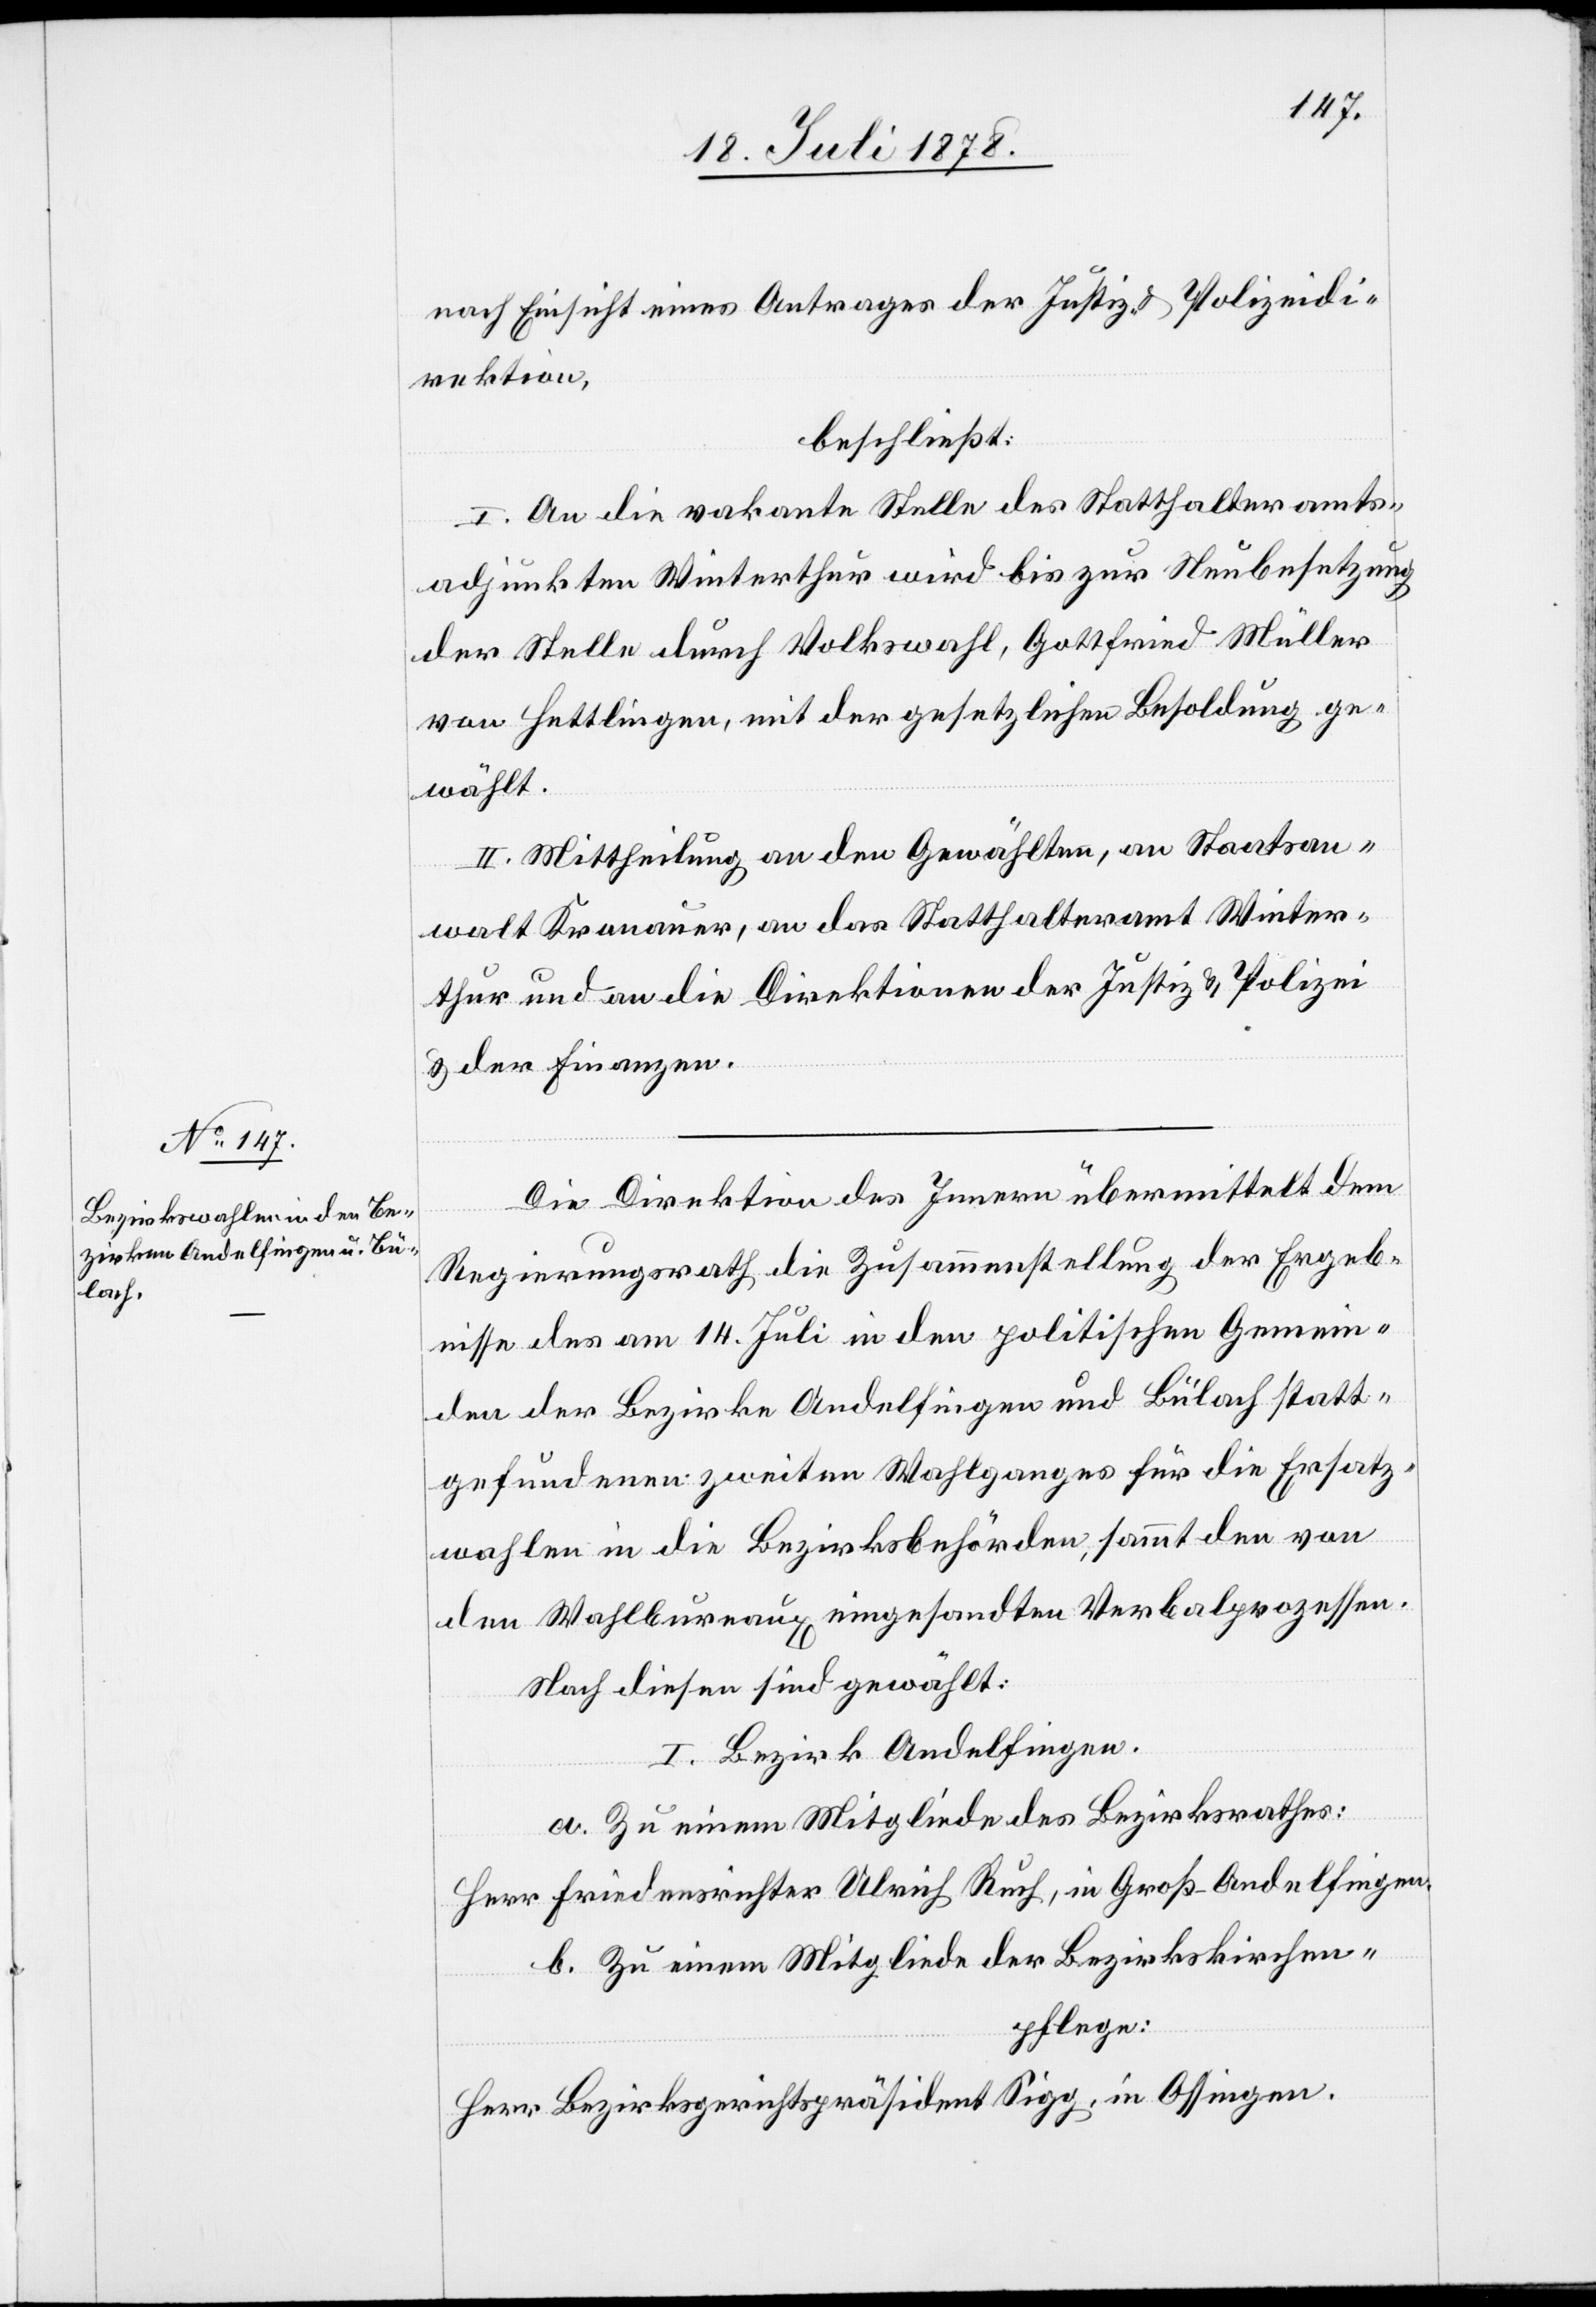
nach Einsicht eines Antrages der Justiz- & Polizeidi¬
rektion,
beschließt:
I. An die vakante Stelle des Statthalteramts¬
adjunkten Winterthur wird bis zur Neubesetzung
der Stelle durch Volkswahl, Gottfried Müller
von Hettlingen, mit der gesetzlichen Besoldung ge¬
wählt.
II. Mittheilung an den Gewählten, an Staatsan¬
walt Kronauer, an das Statthalteramt Winter¬
thur und an die Direktionen der Justiz & Polizei
& den Finanzen.
Die Direktion des Innern übermittelt dem
Regierungsrath die Zusammenstellung der Ergeb¬
nisse des am 14. Juli in den politischen Gemein¬
den der Bezirke Andelfingen und Bülach statt¬
gefundenen zweiten Wahlganges für die Ersatz¬
wahlen in die Bezirksbehörden, sammt den von
den Wahlbureaux eingesandten Verbalprozessen.
Nach diesen sind gewählt:
I. Bezirk Andelfingen.
a. Zu einem Mitgliede des Bezirksrathes:
Herr Friedensrichter Ulrich Ruch, in Groß-Andelfingen.
b. Zu einem Mitgliede der Bezirkskirchen¬
pflege:
Herr Bezirksgerichtspräsident Sigg, in Ossingen.